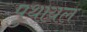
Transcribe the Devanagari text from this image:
पुथायल